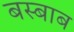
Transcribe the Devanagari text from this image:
बस्बाब